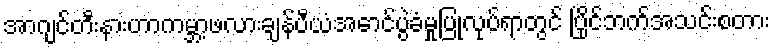
အာဂျင်တီးနားဟာကမ္ဘာ့ဖလားချန်ပီယံအောင်ပွဲခံမှုပြုလုပ်ရာတွင် ပြိုင်ဘက်အသင်းစတား